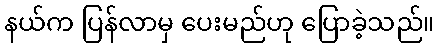
နယ်က ပြန်လာမှ ပေးမည်ဟု ပြောခဲ့သည်။